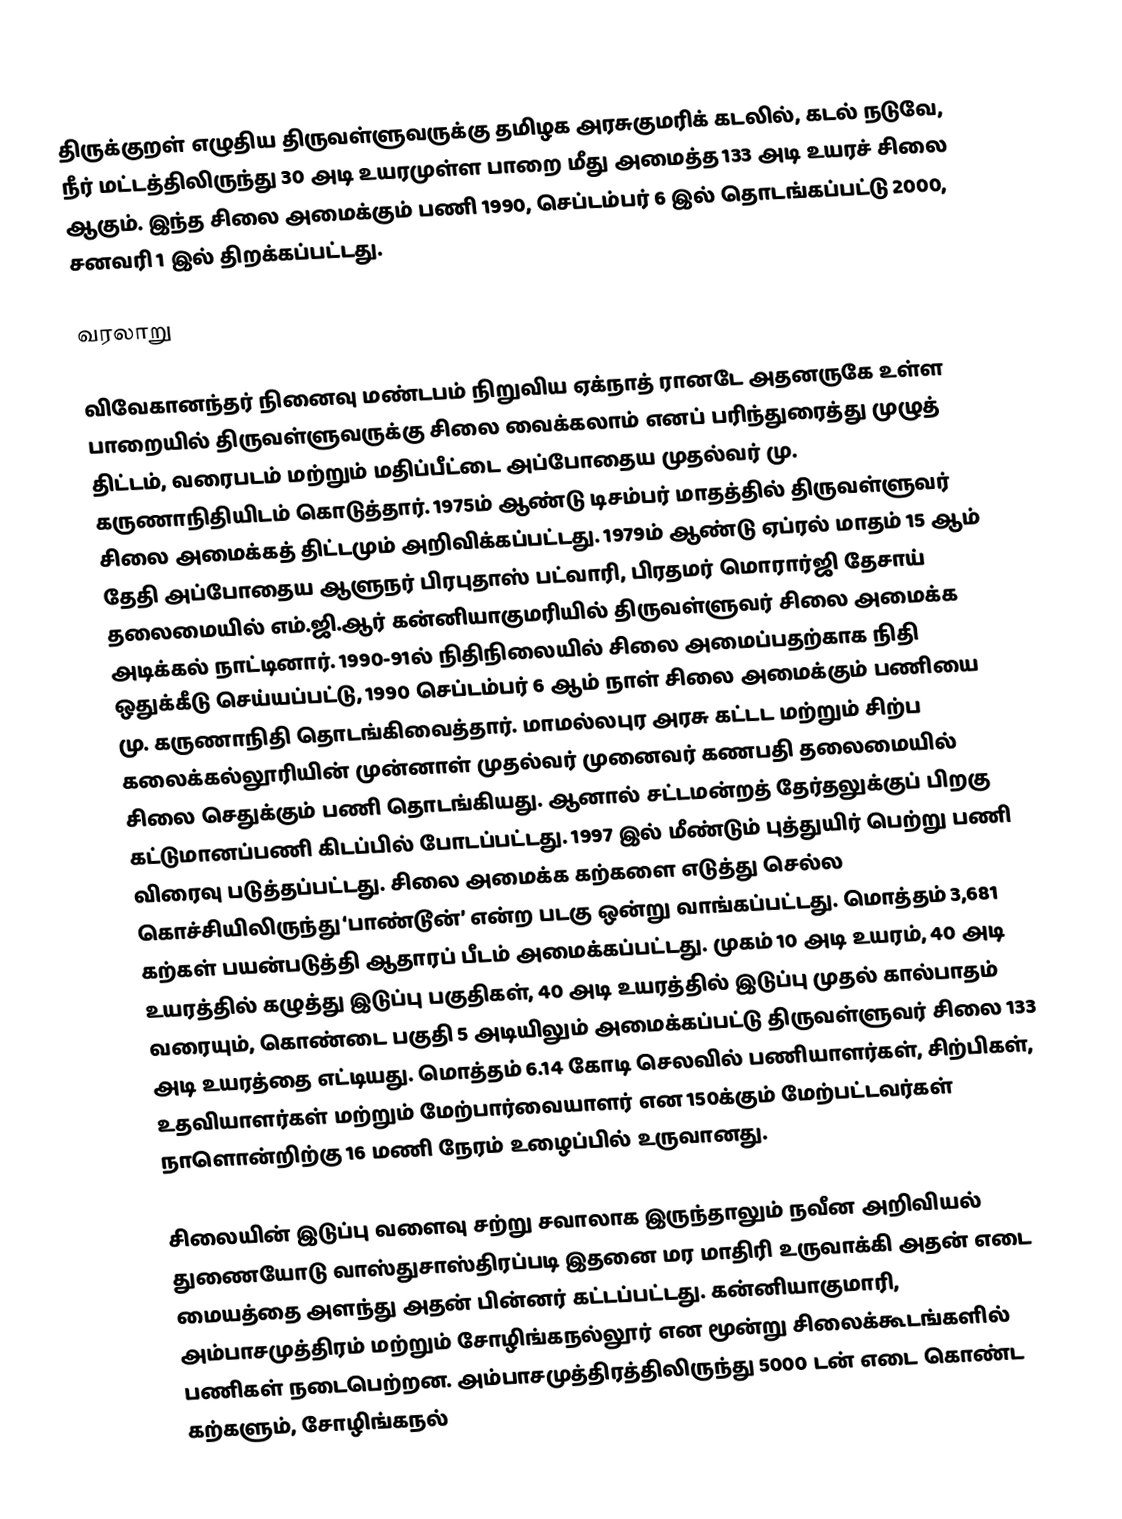
திருக்குறள் எழுதிய திருவள்ளுவருக்கு தமிழக அரசுகுமரிக் கடலில், கடல் நடுவே, நீர் மட்டத்திலிருந்து 30 அடி உயரமுள்ள பாறை மீது அமைத்த 133 அடி உயரச் சிலை ஆகும். இந்த சிலை அமைக்கும் பணி 1990, செப்டம்பர் 6 இல் தொடங்கப்பட்டு 2000, சனவரி 1 இல் திறக்கப்பட்டது.

வரலாறு

விவேகானந்தர் நினைவு மண்டபம் நிறுவிய ஏக்நாத் ரானடே அதனருகே உள்ள  பாறையில் திருவள்ளுவருக்கு சிலை வைக்கலாம் எனப் பரிந்துரைத்து முழுத் திட்டம், வரைபடம் மற்றும் மதிப்பீட்டை அப்போதைய முதல்வர் மு. கருணாநிதியிடம் கொடுத்தார். 1975ம் ஆண்டு டிசம்பர் மாதத்தில் திருவள்ளுவர் சிலை அமைக்கத் திட்டமும் அறிவிக்கப்பட்டது. 1979ம் ஆண்டு ஏப்ரல் மாதம் 15 ஆம் தேதி அப்போதைய ஆளுநர் பிரபுதாஸ் பட்வாரி, பிரதமர் மொரார்ஜி தேசாய் தலைமையில் எம்.ஜி.ஆர் கன்னியாகுமரியில் திருவள்ளுவர் சிலை அமைக்க அடிக்கல் நாட்டினார். 1990-91ல் நிதிநிலையில் சிலை அமைப்பதற்காக நிதி ஒதுக்கீடு செய்யப்பட்டு, 1990 செப்டம்பர் 6 ஆம் நாள் சிலை அமைக்கும் பணியை மு. கருணாநிதி தொடங்கிவைத்தார். மாமல்லபுர அரசு கட்டட மற்றும் சிற்ப கலைக்கல்லூரியின் முன்னாள் முதல்வர் முனைவர் கணபதி தலைமையில் சிலை செதுக்கும் பணி தொடங்கியது. ஆனால் சட்டமன்றத் தேர்தலுக்குப் பிறகு கட்டுமானப்பணி கிடப்பில் போடப்பட்டது. 1997 இல் மீண்டும் புத்துயிர் பெற்று பணி விரைவு படுத்தப்பட்டது. சிலை அமைக்க கற்களை எடுத்து செல்ல கொச்சியிலிருந்து ‘பாண்டூன்’ என்ற படகு ஒன்று வாங்கப்பட்டது. மொத்தம் 3,681 கற்கள் பயன்படுத்தி ஆதாரப் பீடம் அமைக்கப்பட்டது.  முகம் 10 அடி உயரம், 40 அடி உயரத்தில் கழுத்து இடுப்பு பகுதிகள், 40 அடி உயரத்தில் இடுப்பு முதல் கால்பாதம் வரையும், கொண்டை பகுதி 5 அடியிலும் அமைக்கப்பட்டு திருவள்ளுவர் சிலை 133 அடி உயரத்தை எட்டியது. மொத்தம் 6.14 கோடி செலவில் பணியாளர்கள், சிற்பிகள், உதவியாளர்கள் மற்றும் மேற்பார்வையாளர் என 150க்கும் மேற்பட்டவர்கள் நாளொன்றிற்கு 16 மணி நேரம் உழைப்பில் உருவானது.

சிலையின் இடுப்பு வளைவு சற்று சவாலாக இருந்தாலும் நவீன அறிவியல் துணையோடு வாஸ்துசாஸ்திரப்படி இதனை மர மாதிரி உருவாக்கி அதன் எடை மையத்தை அளந்து அதன் பின்னர் கட்டப்பட்டது. கன்னியாகுமாரி, அம்பாசமுத்திரம் மற்றும் சோழிங்கநல்லூர் என மூன்று சிலைக்கூடங்களில் பணிகள் நடைபெற்றன. அம்பாசமுத்திரத்திலிருந்து 5000 டன் எடை கொண்ட கற்களும், சோழிங்கநல்